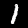
Label: 1